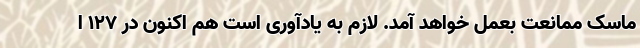
ماسک ممانعت بعمل خواهد آمد. لازم به یادآوری است هم اکنون در ۱۲۷ ا